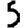
Digit: 5